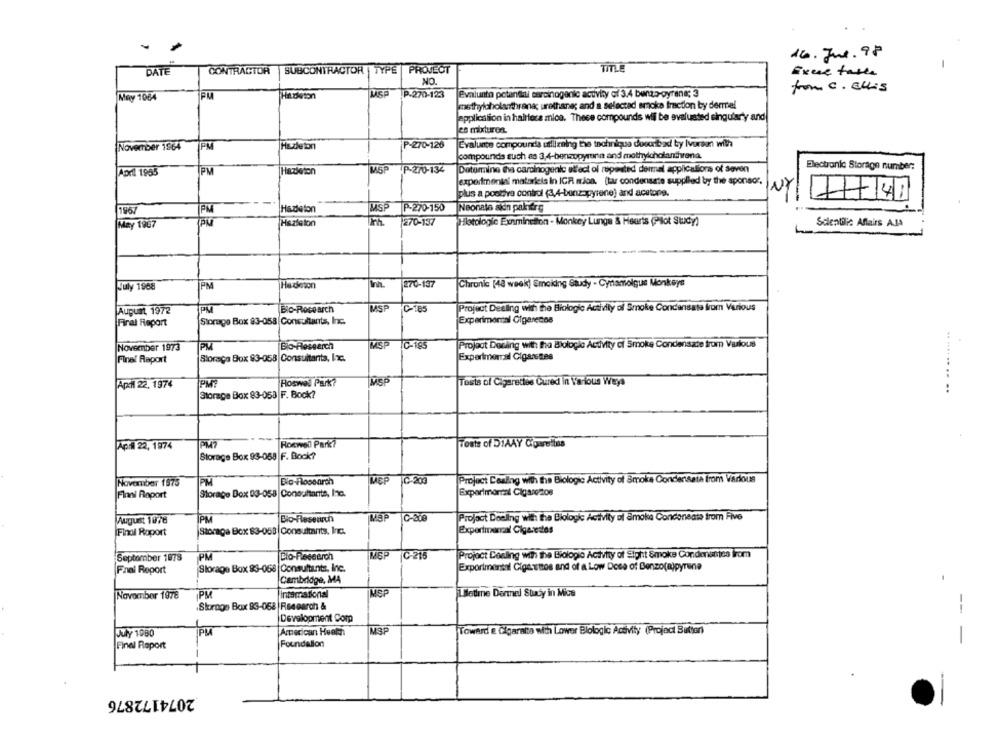
16.Jul.98
TITLE
-
DATE
CONTRACTOR SUBCONTRACTOR | TYPE PROJECT
Excre tases
NO.
from c. CH+5
May 1064
PU
Hiachton
MASP
P-270-123
Evalunto potential carcinogenic activity of 3.4 benzo-pyrene; 3
methylcholanthran&; urethane; and a selectad smoke fraction by dermel
application in hairtera mica. These compounds will be evaluated singularly and
ce mixturen.
November 1964
PM
Hazleton
P-270-126
Evaluate compounds utlizaing the technique duenbad by Ivuran with
compounds such as 3,4-benzopyronn and methylcholanthrena.
PM
MSP
P-270-134
Determine Iva carcinogenic elfect ol repeated dermal applications of Seven
Electronic Storage number:
April 1955
Hazleton
experimental matariels in IGR mioa. (tar condensate supplied by the sponsor,
plus a postfra control (3,4-benz-pyrene) and acetone.
7748
Hazleton
MSP
P-270-150
Neonata sich palitrg
1967
PM
Hazleton
270-137
Hotologic Examination - Monkey Lunge & Hearts (Plot Study)
Scientili: Affairs AJA
May 1907
270-137
July 1988
PM
Ha deson
Chronic (48 week) Smoking Study - Cytamolque Monkeys
August 1972
Blo-Rocearch
MSP
C-165
Project Decling with the Biologic Activity of Smoke Condensata from Various
Storage Box 83-058 Consultants, Inc.
Experimental Olgerenos
Final Report
November 1973
PU
Bio-Research
MSP
C-185
Project Dorling with: tha Biologie Activity of Smoke Condensate from Various
Storaça Box 93-058 Consuitants, Inc.
Experimorral Cigarettes
Final Report
.. ......
..
April 22, 1974
PM?
Hoswel Park?
Tests of Cigarettes Cured in Various Ways
Storage Box 83-053 F. Bock?
..
April 22, 1974
PM7
Rocwell Park?
Tests of DIAAY Ciowelins
Storage Box 93-068 F. Bock?
November 1975
PM
VEP
JC-203
Project Dealing with the Biologie Activity of Smoke Concertsetà from Various
Finni Roport
Storage Box 03-058 Consultants, Inc.
Experimental Cigarezos
August 1076
PN
Bio-Research
C-218
Project Doeling with the Biologie Activity of Smoke Condoneats from Five
Final Roport
Storage Box $3-053|Consultarits, Inc.
Experimental Cigarettes
TPM
Bio-Research
VSP
C-215
Project Dealing with the Biologie Activity of Sight Smoke Condenantes from
September 1978
Final Report
Storage Box 93-068 |Consultants, Inc.
Exporimental Cigastos and of a Low Dose of Benzo(a)pyrene
Cambridge, MA
PV
Intemational
VISP
Lletime Dermel Stay in Mice
November 1978
-
Storage Box 93-068 |Research &
Development Corp
PU
American Health
IMSP
Toward & Gigaratto with Lower Blologic Activity (Project Butter)
July 1980
Final Report
Foundallon
2074172876